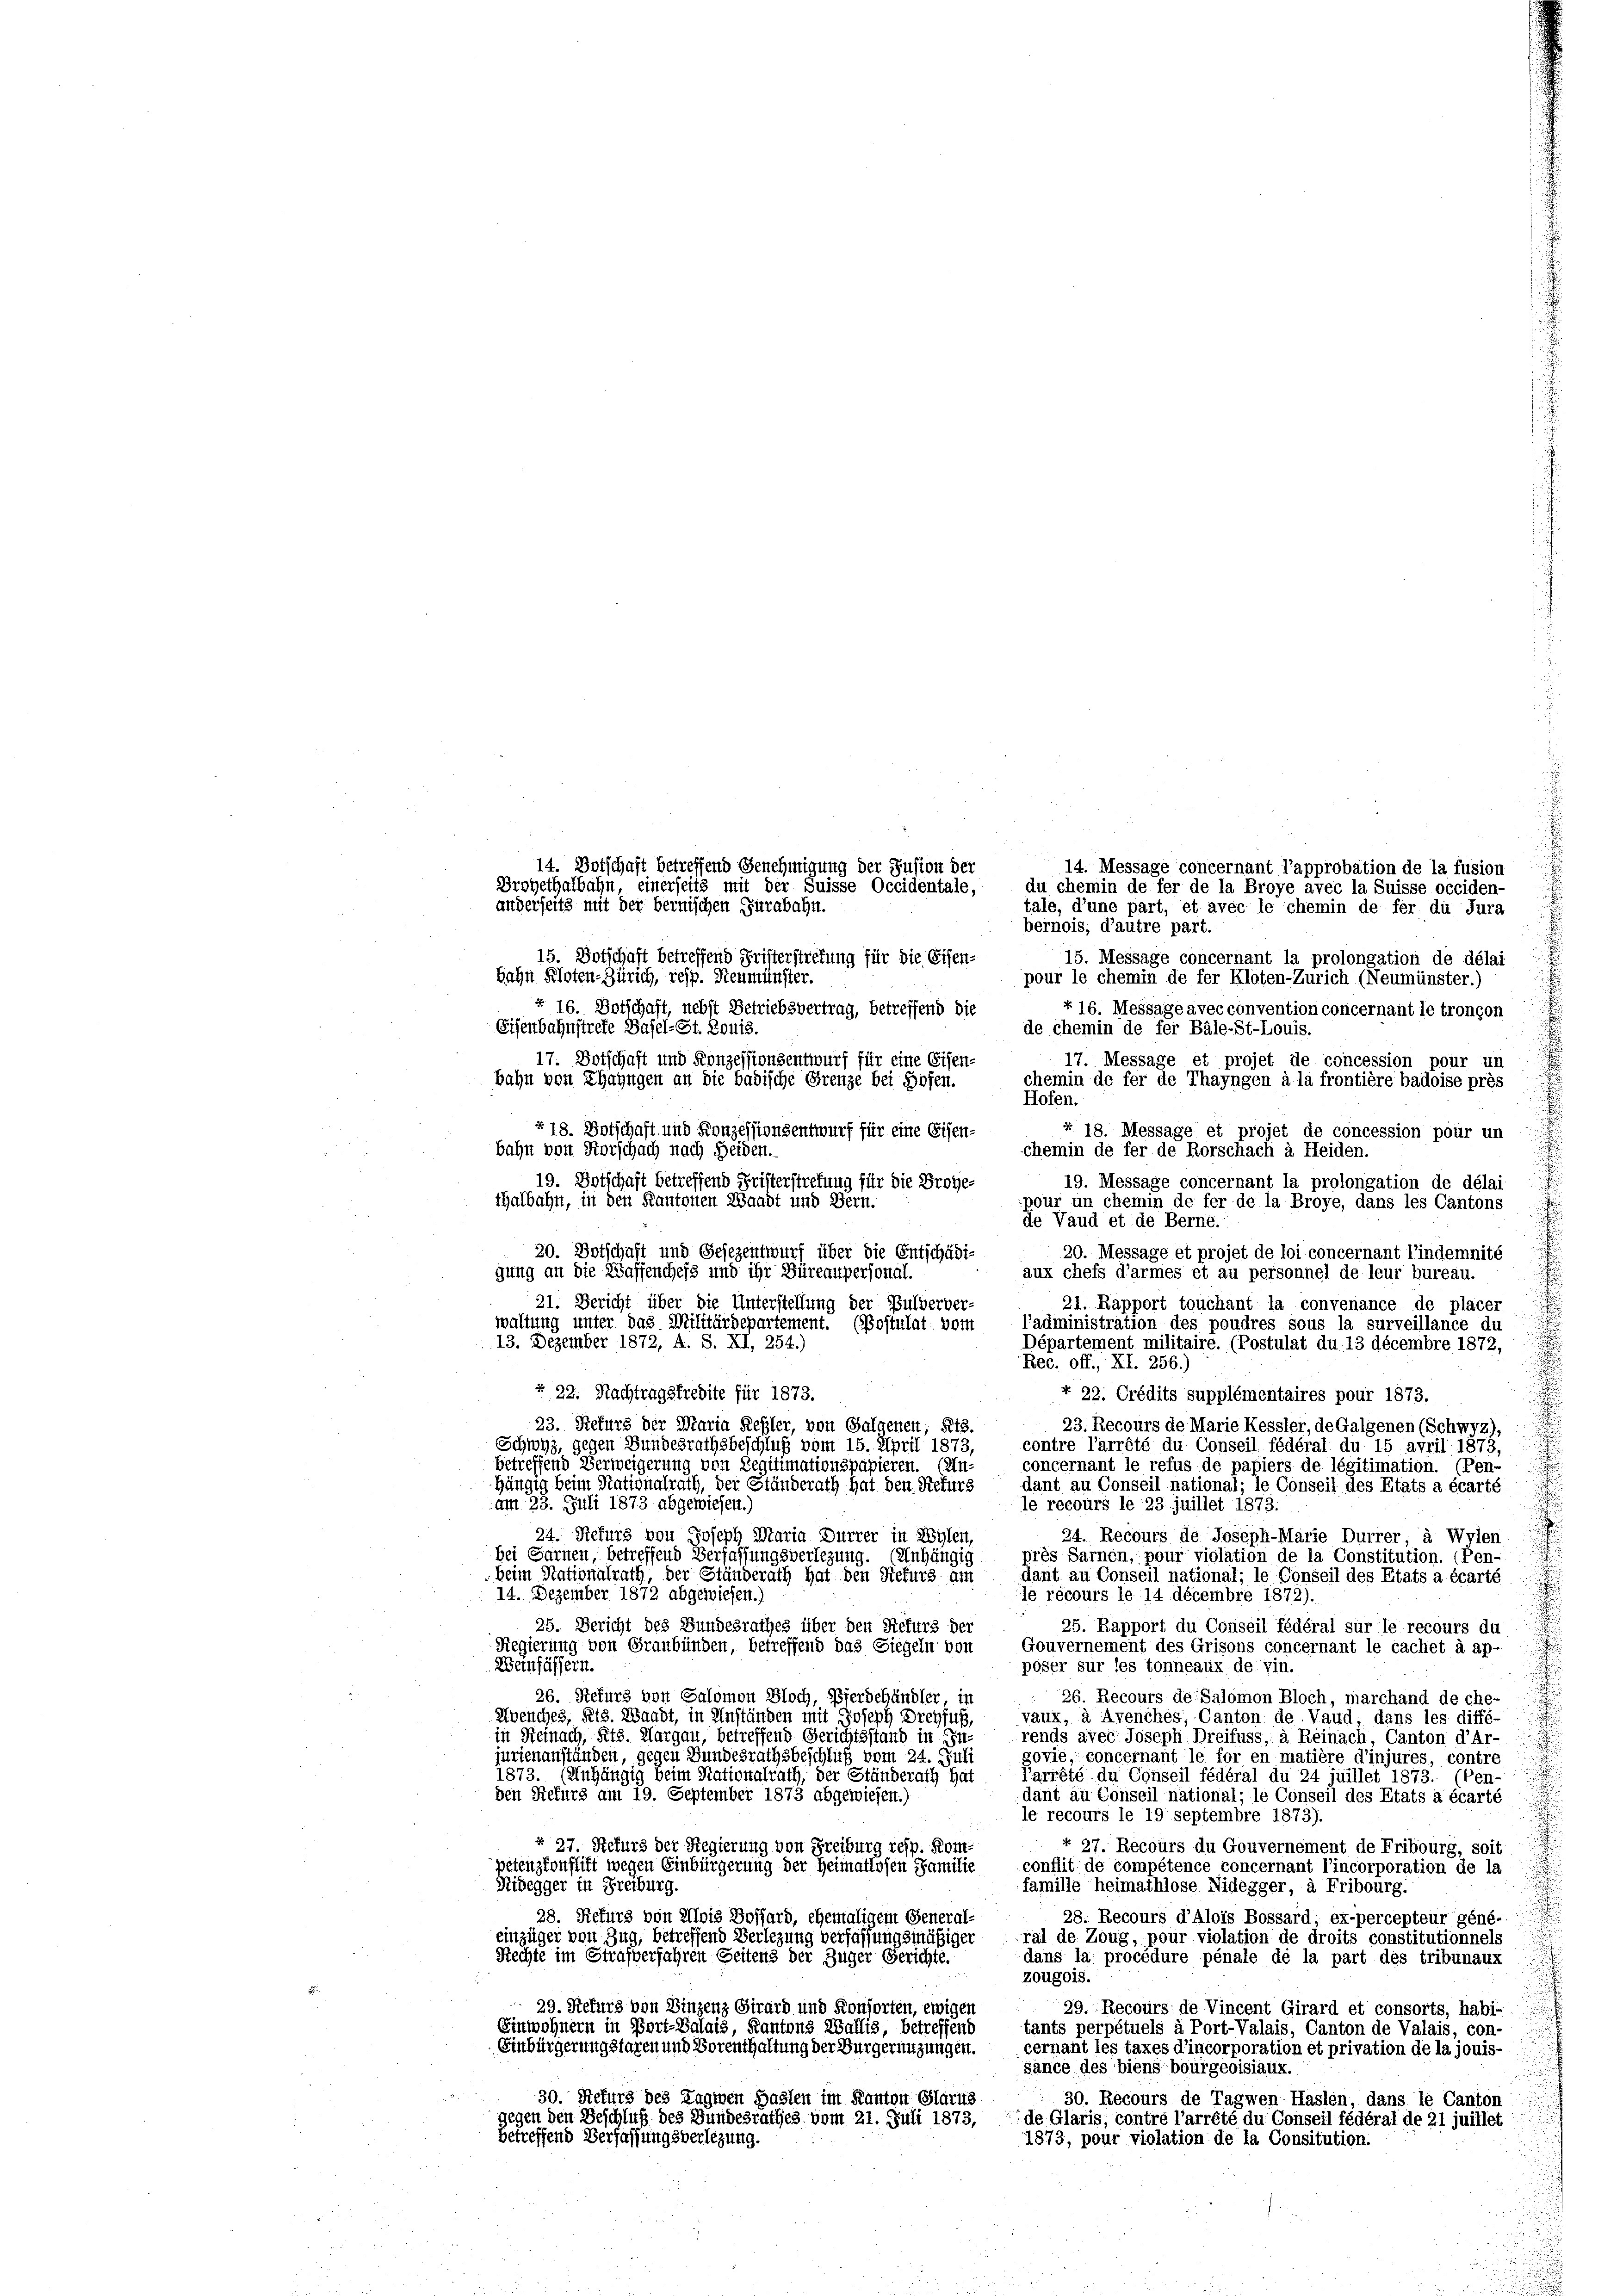
bernois, d’autre part.
15. Botschaft betreffend Fristerstretung für die Eisen-
15. Message concernant la prolongation de délai
bahn Kloten-Zürich, resp. Neumünster.
pour le chemin de fer Kloten-Zürich (Neumünster.)
+ 16. Botschaft, nebst Betriebsvertrag, betreffend die
+ 16. Message avec convention concernant le troncon
Eisenbahnstrete Basel-St. Louis.
de chemin de fer Bäle-St-Louis.
17. Dotschaft und Konzessionsentwurf für eine Eisen-
17. Message et projet de concession pour un
bahn von Thayngen an die badische Grenze bei Hofen.
chemin de fer de Thayngen à la frontière badoise prés
Hofen.
§ 18. Botschaft und Konzessionsentwurf für eine Eisen-
§ 18. Message et projet de concession pour un
bahn von Forschach nach Heiden.
chemin de fer de Rorschach à Heiden.
19. Botschaft betreffend Fristerstretung für die Brote-
19. Message concernant la prolongation de délai
thalbahn, in den Kantorten Waadt und Bern.
pour un chemin de fer de la Broye, dans les Cantons
de Vaud et de Berne.
30. Entschaft und Gesezentwurf über die Entschädi¬
20. Message et projet de loi concernant l’indemnité
gung an die Wassenchefs und ihr Büreaupersonal-
aux chefs d’armes et au personnel de leur bureau.
21. Bericht über die Unterstellung der Bulverber
21. Rapport touchant la convenance de placer
waltung unter das Militärdepartement. (Postulat vom l’administration des poudres sous la surveillance du
13. Dezember 1872, A. S. XI, 254.)
Département militaire. (Postulat du 13 décembre 1872,
Rec. off., XI. 256.)
+. 22. Nachtragsfredite für 1873.
r 22. Crédits supplémentaires pour 1873.
23. Refurs der Maria Refler, von Galgenen, Kts.
 23. Recours de Marie Kessler, de Galgenen (Schwyz,
Schwyz, gegen Bundesrathsbeschluß vom 15. April 1873,
contre l’arrété du Conseil fédérat du 15 avril 1873,
betreffend Verweigerung von Legitimationspapieren. (Un- concernant le refus de papiers de légitimation. (Pen-
hängig beim Rationalrath, der Ständerath hat den Rekurs
dant au Conseil national; le Conseil des Etats a écarté
am 23. Juli 1873 abgewiesen.)
le recours le 23. juillet 1873.
24. Recours de Joseph-Marie Durrer a. Wylen
24. Rekurs von Joseph Maria Furrer in Wylen,
bei Sarnen, betreffend Verfassungsverlegung. (Unhängig
près Sarnen, pour violation de la Constitution. (Pen-
Beim Stationalrath, der Ständerath hat den Rekurs am
dant au Conseil national; le Conseil des Etats a écarté
14. Dezember 1872 abgewiesen.)
le récours le 14 décembre 1872).
35. Bericht des Bundesrathes über den Rekurs der
25. Rapport du Conseil fédéral sur le recours du
Gouvernement des Grisons concernant le cachet à ap-
Regierung von Graubünden, betreffend das Siegeln von
Weinfassern.
poser sur les tonneaux de vin.
26. Refirs von Salomon Bloch, Pferdehändler in
26. Recours de Salomon Bloch, marchand de che-
Avenches, Reis. Waadt, in Anständen mit Joseph Drehfuß,
vaux, à Avenches, Canton de Vaud dans les diffé-
in Steinach, Pits. Aargau, betreffend Gerichtsstand in In-
rends avec Joseph Dreifuss, à Reinach, Canton d’Ar-
jurienanständen, gegen Bundesrathsbeschluß vom 24. Juli
govie, concernant le for en matière d’injures, contre
 hängig beim Nationalrath, der Ständerath hat
Parrété du Conseil fédéral du 24 juillet 1873. (Pen-
den Refurs am 19. September 1873 abgewiesen.)
dant au Conseil national; le Conseil des Etats à écarté
le recours le 19 Septembre 1873).
§ 27. Refurs der Regierung von Freiburg resp. Kom¬
 27. Recours du Gouvernement de Fribourg, soit
petenzkonflikt wegen Einbürgerung der Heimatlosen Familie
conflit de compétence concernant l’incorporation de la
Kidegger in Freiburg.
famille heimathlose Nidegger, à Fribourg.
28. Refurs von Alois Bossard, ehemaligem General-
28. Recours d’Alois Bossard; ex-percepteur géné..
einzüger von Zug, betreffend Verlegung verfassungsmäßiger
ral de Zoug, pour violation de droits constitutionnels
Rechte im Strafverfahren Seitens der Zuger Gerichte.
dans la procédure pénale de la part des tribunaux
zougois.
 29. Sefurg von Einzenz Girard und Konsorten, ewigen
29. Recours de Vincent Girard et consorts, habi-
Einwohnern in Port-Valais, Kantons Wallis, betreffend
tants perpétuels à Port-Valais, Canton de Valais, con-
Einbürgerung staren und Vorenthaltung der Burgernuzungen.
cernant les taxes d’incorporation et privation de la jouis-
sance des biens bourgeoisiaux.
30. Rekurs des Tagwen Haslen im Kanton Glarus
30. Recours de Tagwen Haslen, dans le Canton
gegen den Beschluß des Bundesrathes vom 21. Juli 1873, de Glaris, contré l’arrété du Conseil fédéral de 21 juillet
betreffend Verfassungsverlegung.
1873, pour violation de la Consitution.

14. Botschaft betreffend Genehmigung der Jusion der
Eroyethalbahn, einerseits mit der Suisse Occidentale,
anderseits mit der bernischen Turabahn.

14. Message concernant l’approbation de la fusion
du chemin de fer de la Broye avec la Suisse occiden-
tale, d’une part, et avec le chemin de fer du Jura